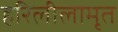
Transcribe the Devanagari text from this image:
हरिलीलामृत